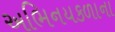
અભિનયકળાના